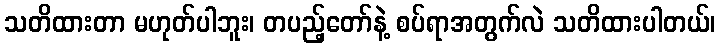
သတိထားတာ မဟုတ်ပါဘူး၊ တပည့်တော်နဲ့ စပ်ရာအတွက်လဲ သတိထားပါတယ်၊